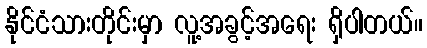
နိုင်ငံသားတိုင်းမှာ လူ့အခွင့်အရေး ရှိပါတယ်။